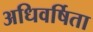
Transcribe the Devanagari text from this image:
अधिवर्षिता